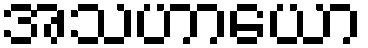
အသဟာယော